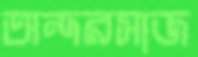
অন্দরসাজ